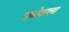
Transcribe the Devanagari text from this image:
राघोबाला